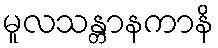
မူလသန္တာနကာနိ